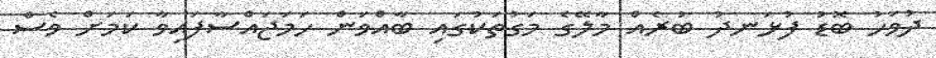
ދުވަހު ބޮޑު ފުޅަނދު ބުރެއް މާލޭގެ މަގުތަކުގައި ބާއްވަން ހަމަޖައްސާފައިވާ ކަމަށް ވެސް